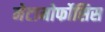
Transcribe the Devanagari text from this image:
मेटामोर्फोसिस